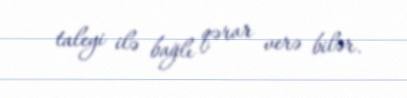
taleyi ilə bağlı qərar verə bilər.